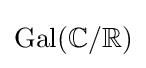
\operatorname {Gal} (\mathbb {C} /\mathbb {R} )